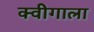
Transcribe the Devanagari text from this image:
क्वीगाला